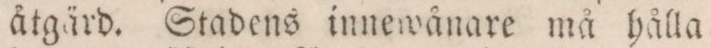
åtgärd. Stadens innewånare må hålla